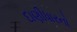
દાણીધારનો